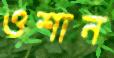
ওশান